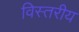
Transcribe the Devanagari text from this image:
विस्तरीय